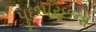
પૂછપરછના